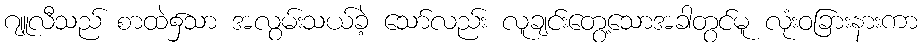
ဂျူလီသည် စာထဲ၌သာ အလွမ်းသယ်ခဲ့ သော်လည်း လူချင်းတွေ့သောအခါတွင်မူ လုံးဝခြားနားကာ